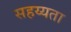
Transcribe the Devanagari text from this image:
सहय्यता